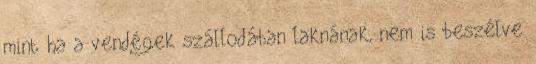
mint ha a vendégek szállodában laknának, nem is beszélve